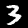
Digit: 3